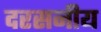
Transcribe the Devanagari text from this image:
दरसनीय